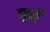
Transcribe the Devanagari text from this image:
इर्ध